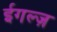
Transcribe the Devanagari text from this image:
ईगल्ज़